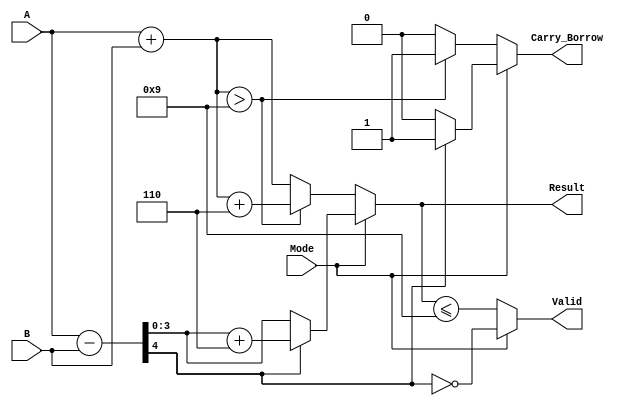
module BCD_Add_Subtracter (
    input wire [3:0] A,        // First BCD operand
    input wire [3:0] B,        // Second BCD operand
    input wire Mode,           // Mode selection (0 for addition, 1 for subtraction)
    output reg [3:0] Result,   // BCD result
    output reg Carry_Borrow,    // Carry out or borrow flag
    output reg Valid           // Valid BCD output flag
);

    wire [4:0] sum;           // 5-bit sum for carry detection
    wire [4:0] sub;           // 5-bit subtraction result
    wire [3:0] corrected_sum; // Corrected sum for BCD
    wire [3:0] corrected_sub; // Corrected subtraction result
    wire sum_exceeds;         // Flag for sum exceeding BCD range
    wire sub_negative;        // Flag for negative subtraction result

    // Binary addition
    assign sum = A + B; // 5-bit sum to capture carry
    assign sum_exceeds = sum[3:0] > 4'b1001; // Check if sum exceeds 9

    // Binary subtraction (Two's complement method)
    assign sub = A - B; // 5-bit result to capture borrow
    assign sub_negative = sub[4]; // Check if result is negative

    // BCD correction for addition
    always @(*) begin
        if (Mode == 1'b0) begin // Addition
            if (sum_exceeds) begin
                corrected_sum = sum[3:0] + 4'b0110; // Add correction factor 6
                Carry_Borrow = 1; // Set carry flag
            end else begin
                corrected_sum = sum[3:0];
                Carry_Borrow = 0; // No carry
            end
            Result = corrected_sum;
        end else begin // Subtraction
            if (sub_negative) begin
                corrected_sub = sub[3:0] + 4'b0110; // Add correction factor 6
                Carry_Borrow = 1; // Set borrow flag
            end else begin
                corrected_sub = sub[3:0];
                Carry_Borrow = 0; // No borrow
            end
            Result = corrected_sub;
        end
    end

    // Validity check for BCD representation
    always @(*) begin
        if (Mode == 1'b0) begin
            // For addition, valid if result is less than or equal to 9
            Valid = (Result <= 4'b1001);
        end else begin
            // For subtraction, valid if result is non-negative
            Valid = !sub_negative;
        end
    end

endmodule